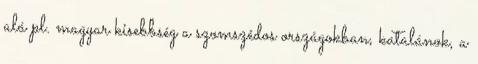
alá pl. magyar kisebbség a szomszédos országokban, katalánok, a